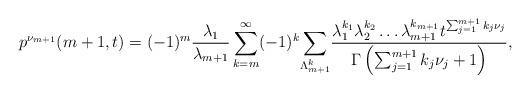
LaTeX: \begin{align*}p^{\nu_{m+1}}(m+1,t)&=(-1)^{m}\frac{\lambda_1}{\lambda_{m+1}}\sum_{k=m}^{\infty}(-1)^k\underset{\Lambda^{k}_{m+1}}{\sum}\frac{\lambda_1^{k_1}\lambda_2^{k_2}\ldots\lambda_{m+1}^{k_{m+1}}t^{\sum_{j=1}^{m+1}k_j\nu_j}}{\Gamma\left(\sum_{j=1}^{m+1}k_j\nu_j+1\right)},\end{align*}